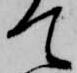
て